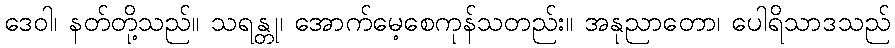
ဒေဝါ၊ နတ်တို့သည်။ သရန္တု၊ အောက်မေ့စေကုန်သတည်း။ အနုညာတော၊ ပေါရိသာဒသည်